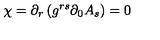
\chi = \partial _ { r } \left( g ^ { r s } \partial _ { 0 } A _ { s } \right) = 0